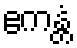
ဧကန္တံ